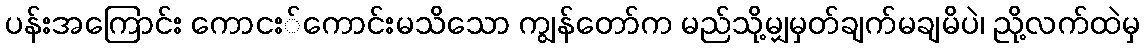
ပန်းအကြောင်း ကောငး်ကောင်းမသိသော ကျွန်တော်က မည်သို့မျှမှတ်ချက်မချမိပဲ၊ ညို့လက်ထဲမှ